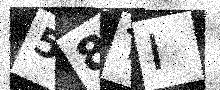
Text: 58TI